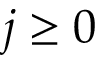
j \ge 0